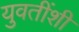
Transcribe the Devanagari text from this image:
युवतींशी